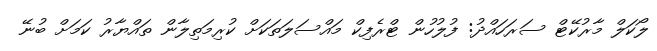
ލޯކަލް މާރުކޭޓް ސަރަހައްދު: ފުލުހުން ޓްރެފިކް މައްސަލަތަކަށް ކުރިމަތިލާން ތައްޔާރު ކަމަށް ބުނޭ